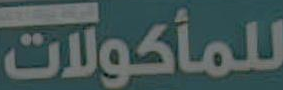
للمأكولات